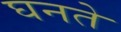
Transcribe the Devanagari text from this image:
घनते